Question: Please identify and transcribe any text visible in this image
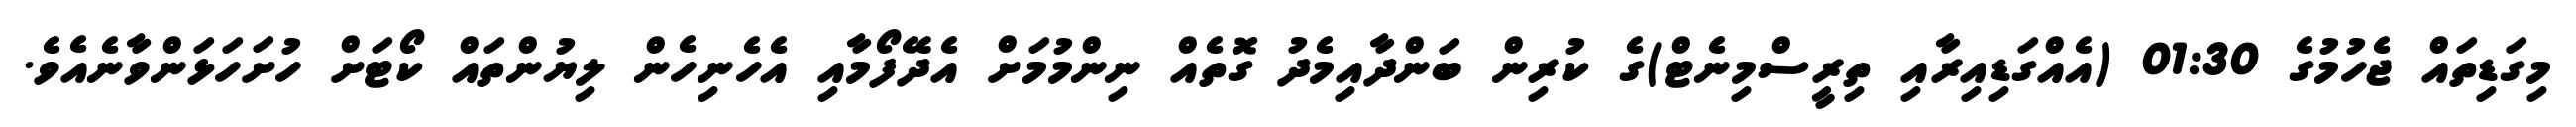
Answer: މިގަޑިތައް ޖެހުމުގެ 01:30 (އެއްގަޑިއިރާއި ތިރީސްމިނެޓް)ގެ ކުރިން ބަންދާއިމެދު ގޮތެއް ނިންމުމަށް އެދޭފޯމާއި އެހެނިހެން ލިޔުންތައް ކޯޓަށް ހުށަހަޅަންވާނެއެވެ.